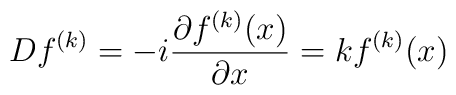
Df^{(k)}=-i\frac{\partial f^{(k)}(x)}{\partial x}=kf^{(k)}(x)